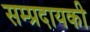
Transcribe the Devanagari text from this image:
सम्प्रदायकी